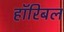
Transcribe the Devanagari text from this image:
हॉरिबल